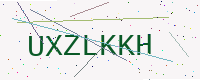
Text: UXZLKKH